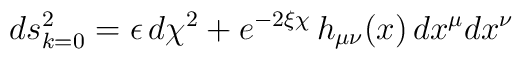
ds^2_{k=0}=\epsilon\,d\chi^2+e^{-2\xi \chi}\,h_{\mu\nu}(x)\,dx^{\mu}dx^{\nu}